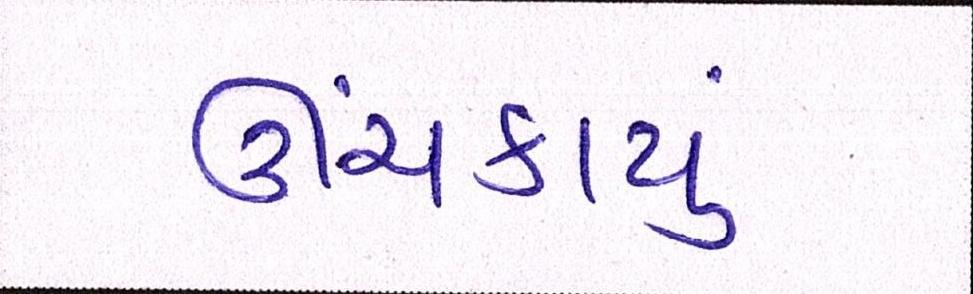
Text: ઊંચકાયું